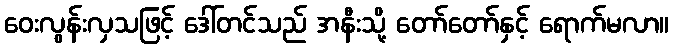
ဝေးလွန်းလှသဖြင့် ဒေါ်တင်သည် အနီးသို့ တော်တော်နှင့် ရောက်မလာ။